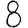
Digit: 8